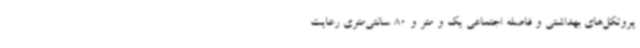
پروتکل‌های بهداشتی و فاصله اجتماعی یک و متر و 80 سانتی‌متری رعایت